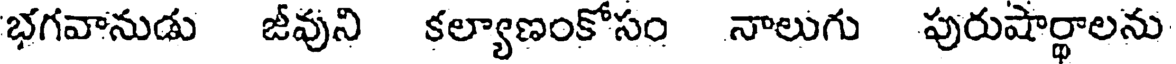
భగవానుడు జీవుని కల్యాణంకోసం నాలుగు పురుషార్థాలను